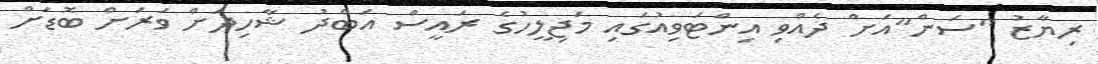
ރިޔާޒު "ސަން"އަށް ދެއްވި އިންޓަވިއުގައި މަޖިލީހުގެ ރައީސް އަބްދު ޝާހިދަށް ވަރަށް ބޮޑަށް